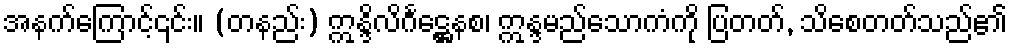
အနက်ကြောင့်၎င်း။ (တနည်း) ဣန္ဒိလိင်္ဂဋ္ဌေနစ၊ ဣန္ဒမည်သောကံကို ပြတတ်, သိစေတတ်သည်၏